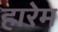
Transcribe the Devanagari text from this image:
हारेम